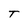
Character: T